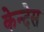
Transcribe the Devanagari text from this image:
केन्देस